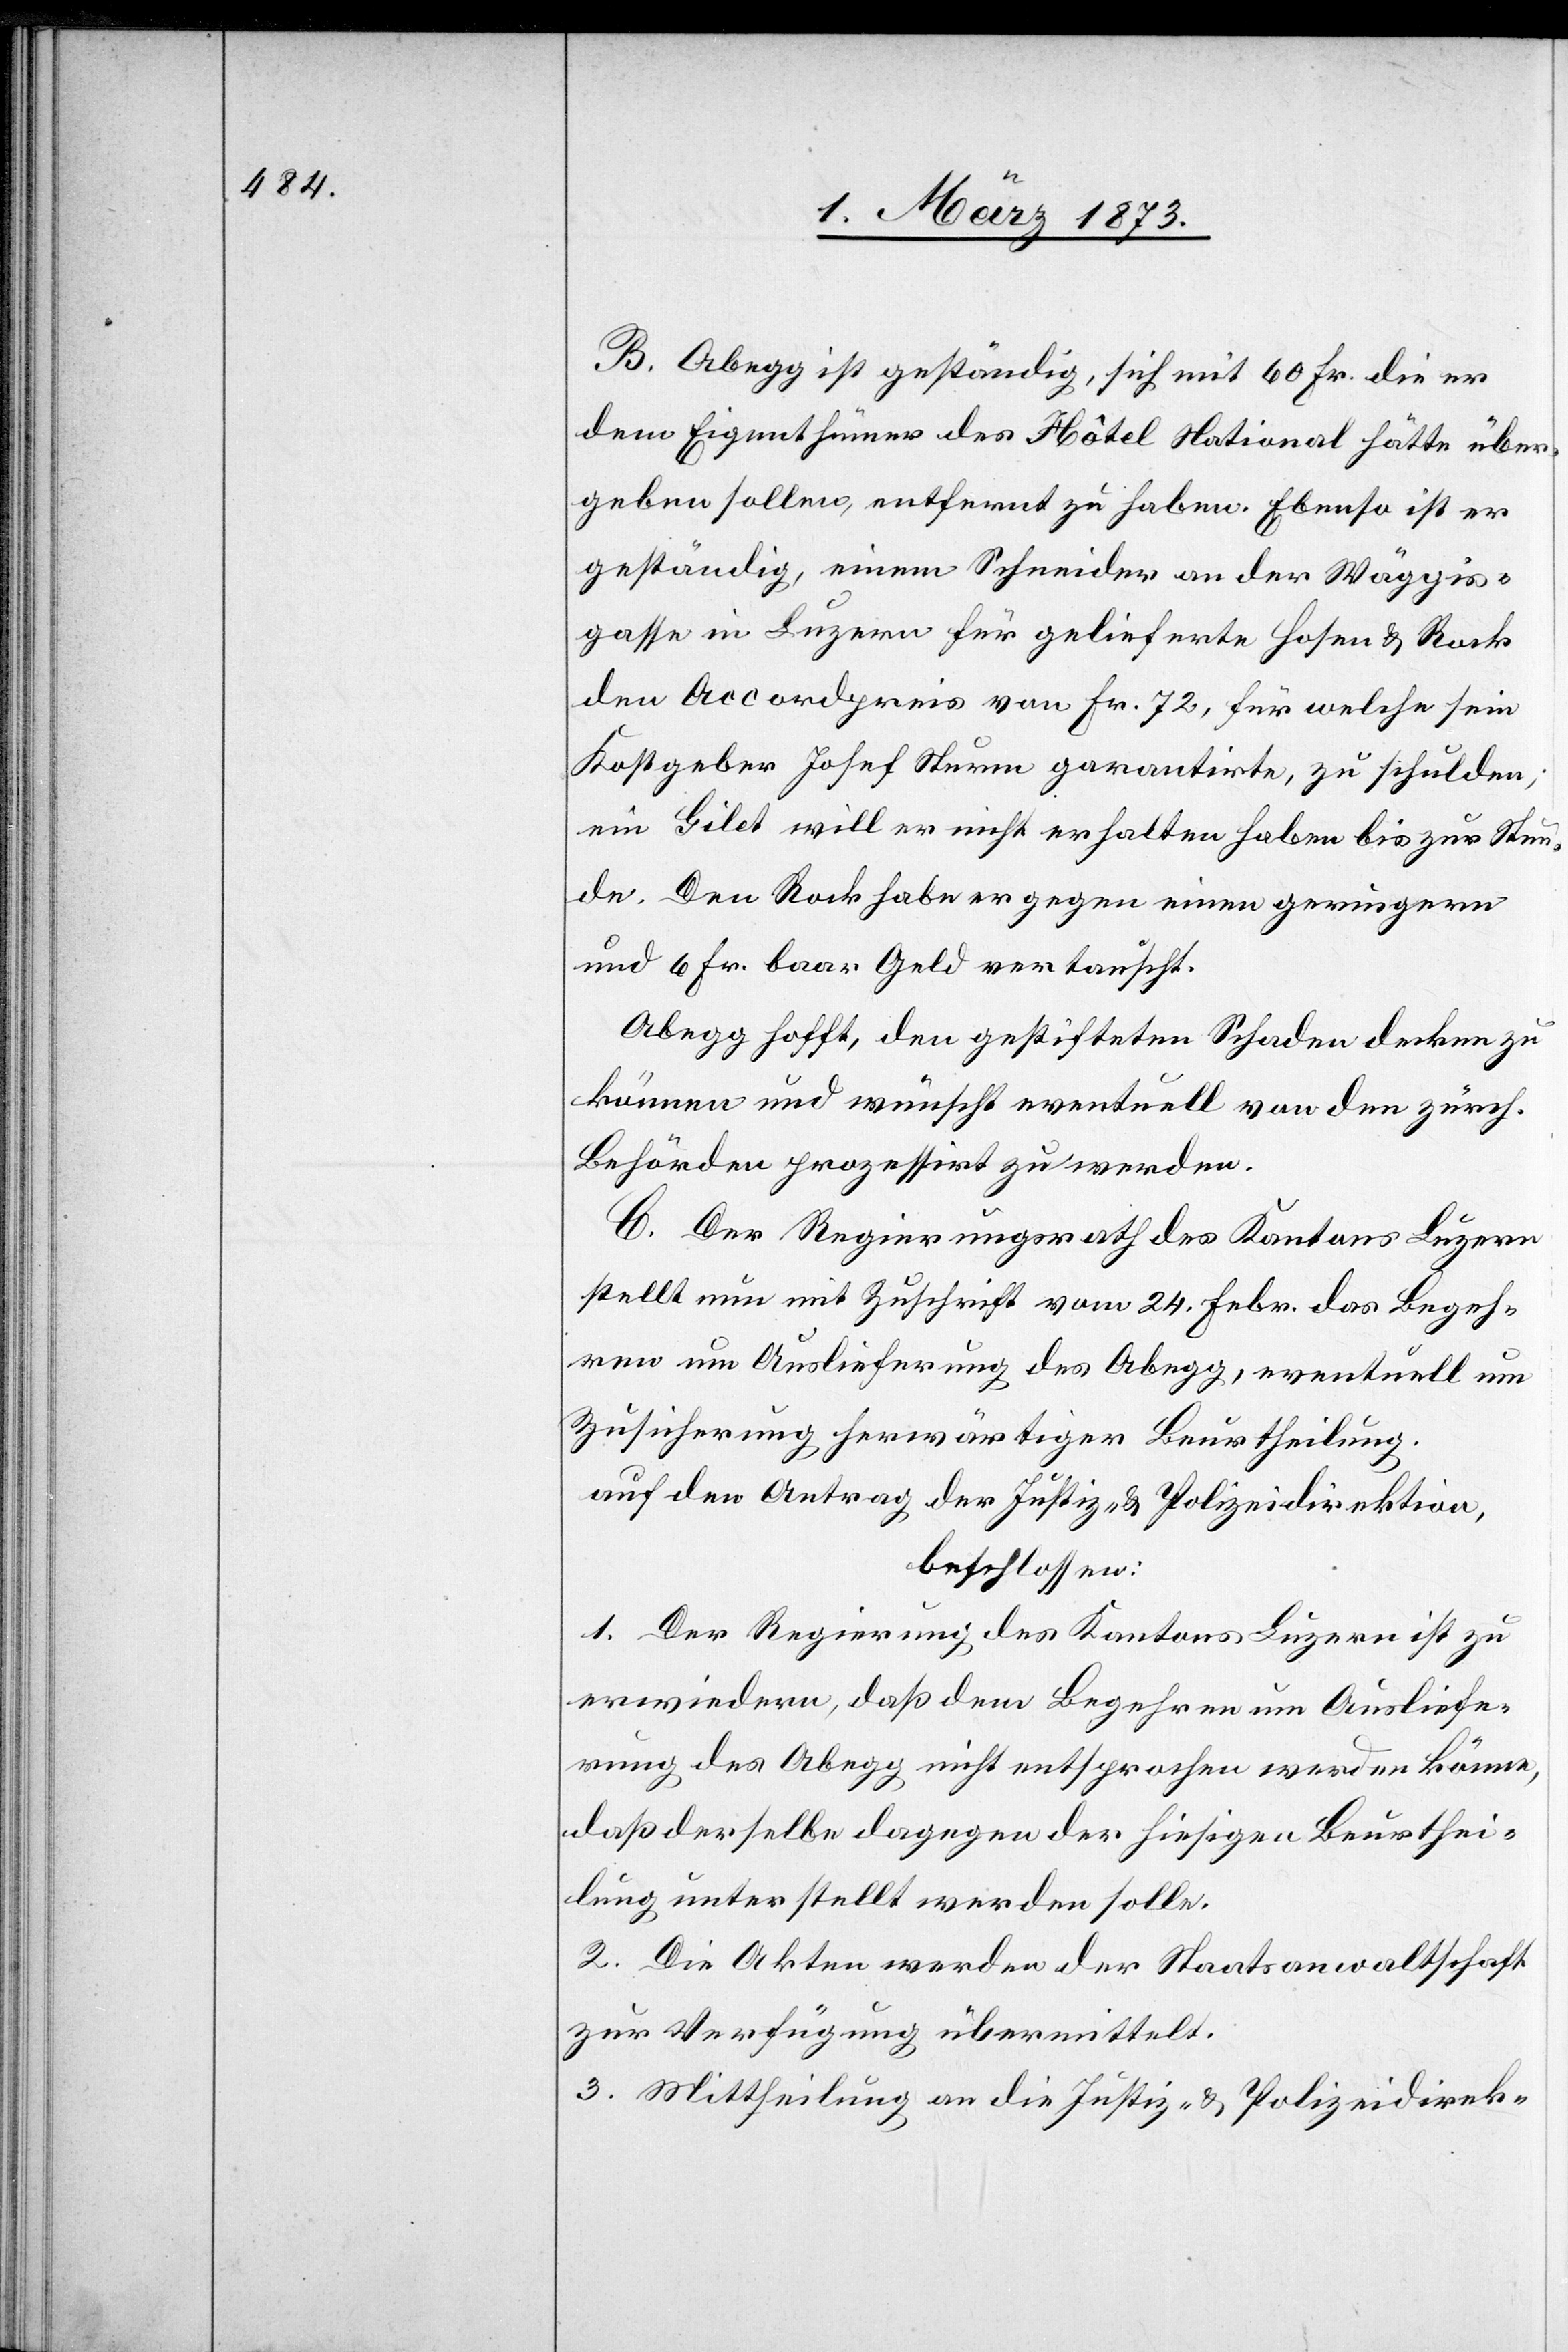
B. Abegg ist geständig, sich mit 60 Fr. die er
dem Eigenthümer des Hôtel National hätte über¬
geben sollen, entfernt zu haben. Ebenso ist er
geständig, einem Schneider an der Wäggis¬
gasse in Luzern für gelieferte Hosen u. Rock
den Accordpreis von Fr. 72, für welche sein
Kostgeber Josef Sturm garantirte, zu Schulden;
ein Gilet will er nicht erhalten haben bis zur Stun¬
de. Den Rock habe er gegen einen geringern
und 6 Fr. Baar Geld vertauscht.
Abegg hofft, den gestifteten Schaden decken zu
können und wünscht eventuell von den zürch.
Behörden prozessirt zu werden.
C. Der Regierungsrath des Kantons Luzern
stellt nun mit Zuschrift vom 24. Febr. das Begeh¬
ren um Auslieferung des Abegg, eventuell um
Zusicherung herwärtiger Beurtheilung.
auf den Antrag der Justiz- u. Polizeidirektion,
beschlossen:
1. Der Regierung des Kantons Luzern ist zu
erwiedern, daß dem Begehren um Ausliefe¬
rung des Abegg nicht entsprochen werden könne,
daß derselbe dagegen der hiesigen Beurthei¬
lung unterstellt werden solle.
2. Die Akten werden der Staatsanwaltschaft
zur Verfügung übermittelt.
3. Mittheilung an die Justiz- u. Polizeidirek-